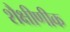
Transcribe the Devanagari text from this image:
शैक्षीणीक